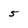
Character: 5